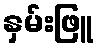
နှမ်းဖြူ